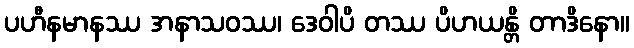
ပဟီနမာနဿ အနာသဝဿ၊ ဒေဝါပိ တဿ ပိဟယန္တိ တာဒိနော။